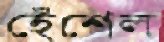
হেঁশেল